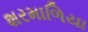
શરમાળિયા